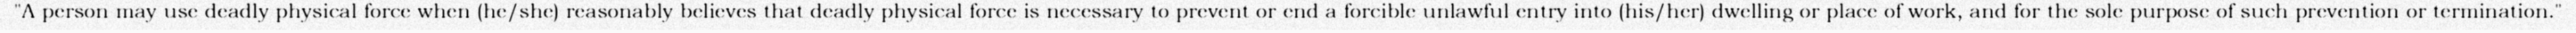
"A person may use deadly physical force when (he/she) reasonably believes that deadly physical force is necessary to prevent or end a forcible unlawful entry into (his/her) dwelling or place of work, and for the sole purpose of such prevention or termination."